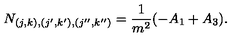
N _ { ( j , k ) , ( j ^ { \prime } , k ^ { \prime } ) , ( j ^ { \prime \prime } , k ^ { \prime \prime } ) } = \frac { 1 } { m ^ { 2 } } ( - A _ { 1 } + A _ { 3 } ) .